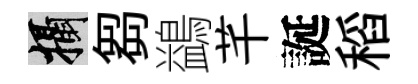
攝芻鷁芊誕稻